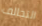
التحالف